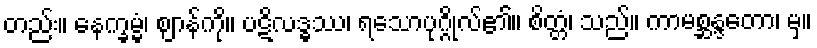
တည်း။ နေက္ခမ္မံ၊ ဈာန်ကို။ ပဋိလဒ္ဓဿ၊ ရသောပုဂ္ဂိုလ်၏။ စိတ္တံ၊ သည်။ ကာမစ္ဆန္ဒတော၊ မှ။